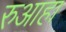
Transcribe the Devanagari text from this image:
रुआहा